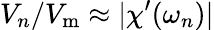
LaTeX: V_{n}/V_{\mathrm{m}}\approx|\chi^{\prime}(\omega_{n})|